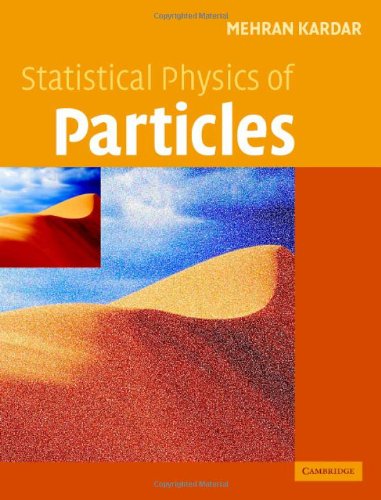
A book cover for Statistical Physics of Particles; Mehran Kardar; Science & Math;